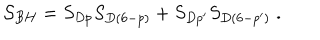
LaTeX: { \cal S } _ { B H } = S _ { D p } S _ { D ( 6 - p ) } + S _ { D p ^ { \prime } } S _ { D ( 6 - p ^ { \prime } ) } \; .